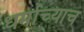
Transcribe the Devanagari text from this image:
धर्माच्याच